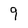
Character: 9